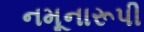
નમૂનારૂપી